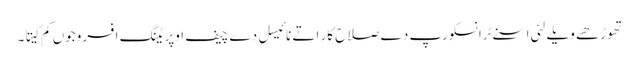
تھوڑھے ویلے لئی اسنے ٹرانسکورپ دے صلاح کار اتے نائیسل دے چیف اوپریٹنگ افسر وجوں کم کیتا۔